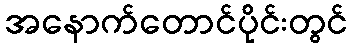
အနောက်တောင်ပိုင်းတွင်